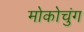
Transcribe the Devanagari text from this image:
मोकोचुंग